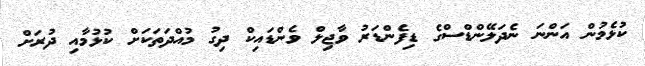
ކުޅެމުން އަންނަ ނެދަލޭންޑްސްގެ ޑިފެންޑަރު ވާޖިލް ވެންޑައިކް ދިގު މުއްދަތަކަށް ކުޅުމާއި ދުރަށް